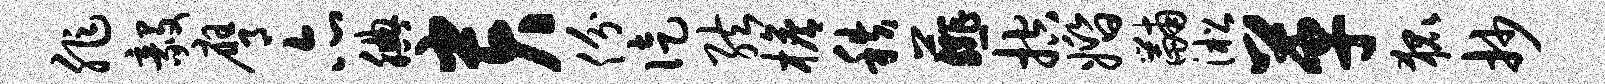
非毅膺亦腆贵份徒弦檐秩薤控婚黼淞革狐抄